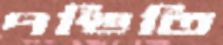
পণ্ডিতি